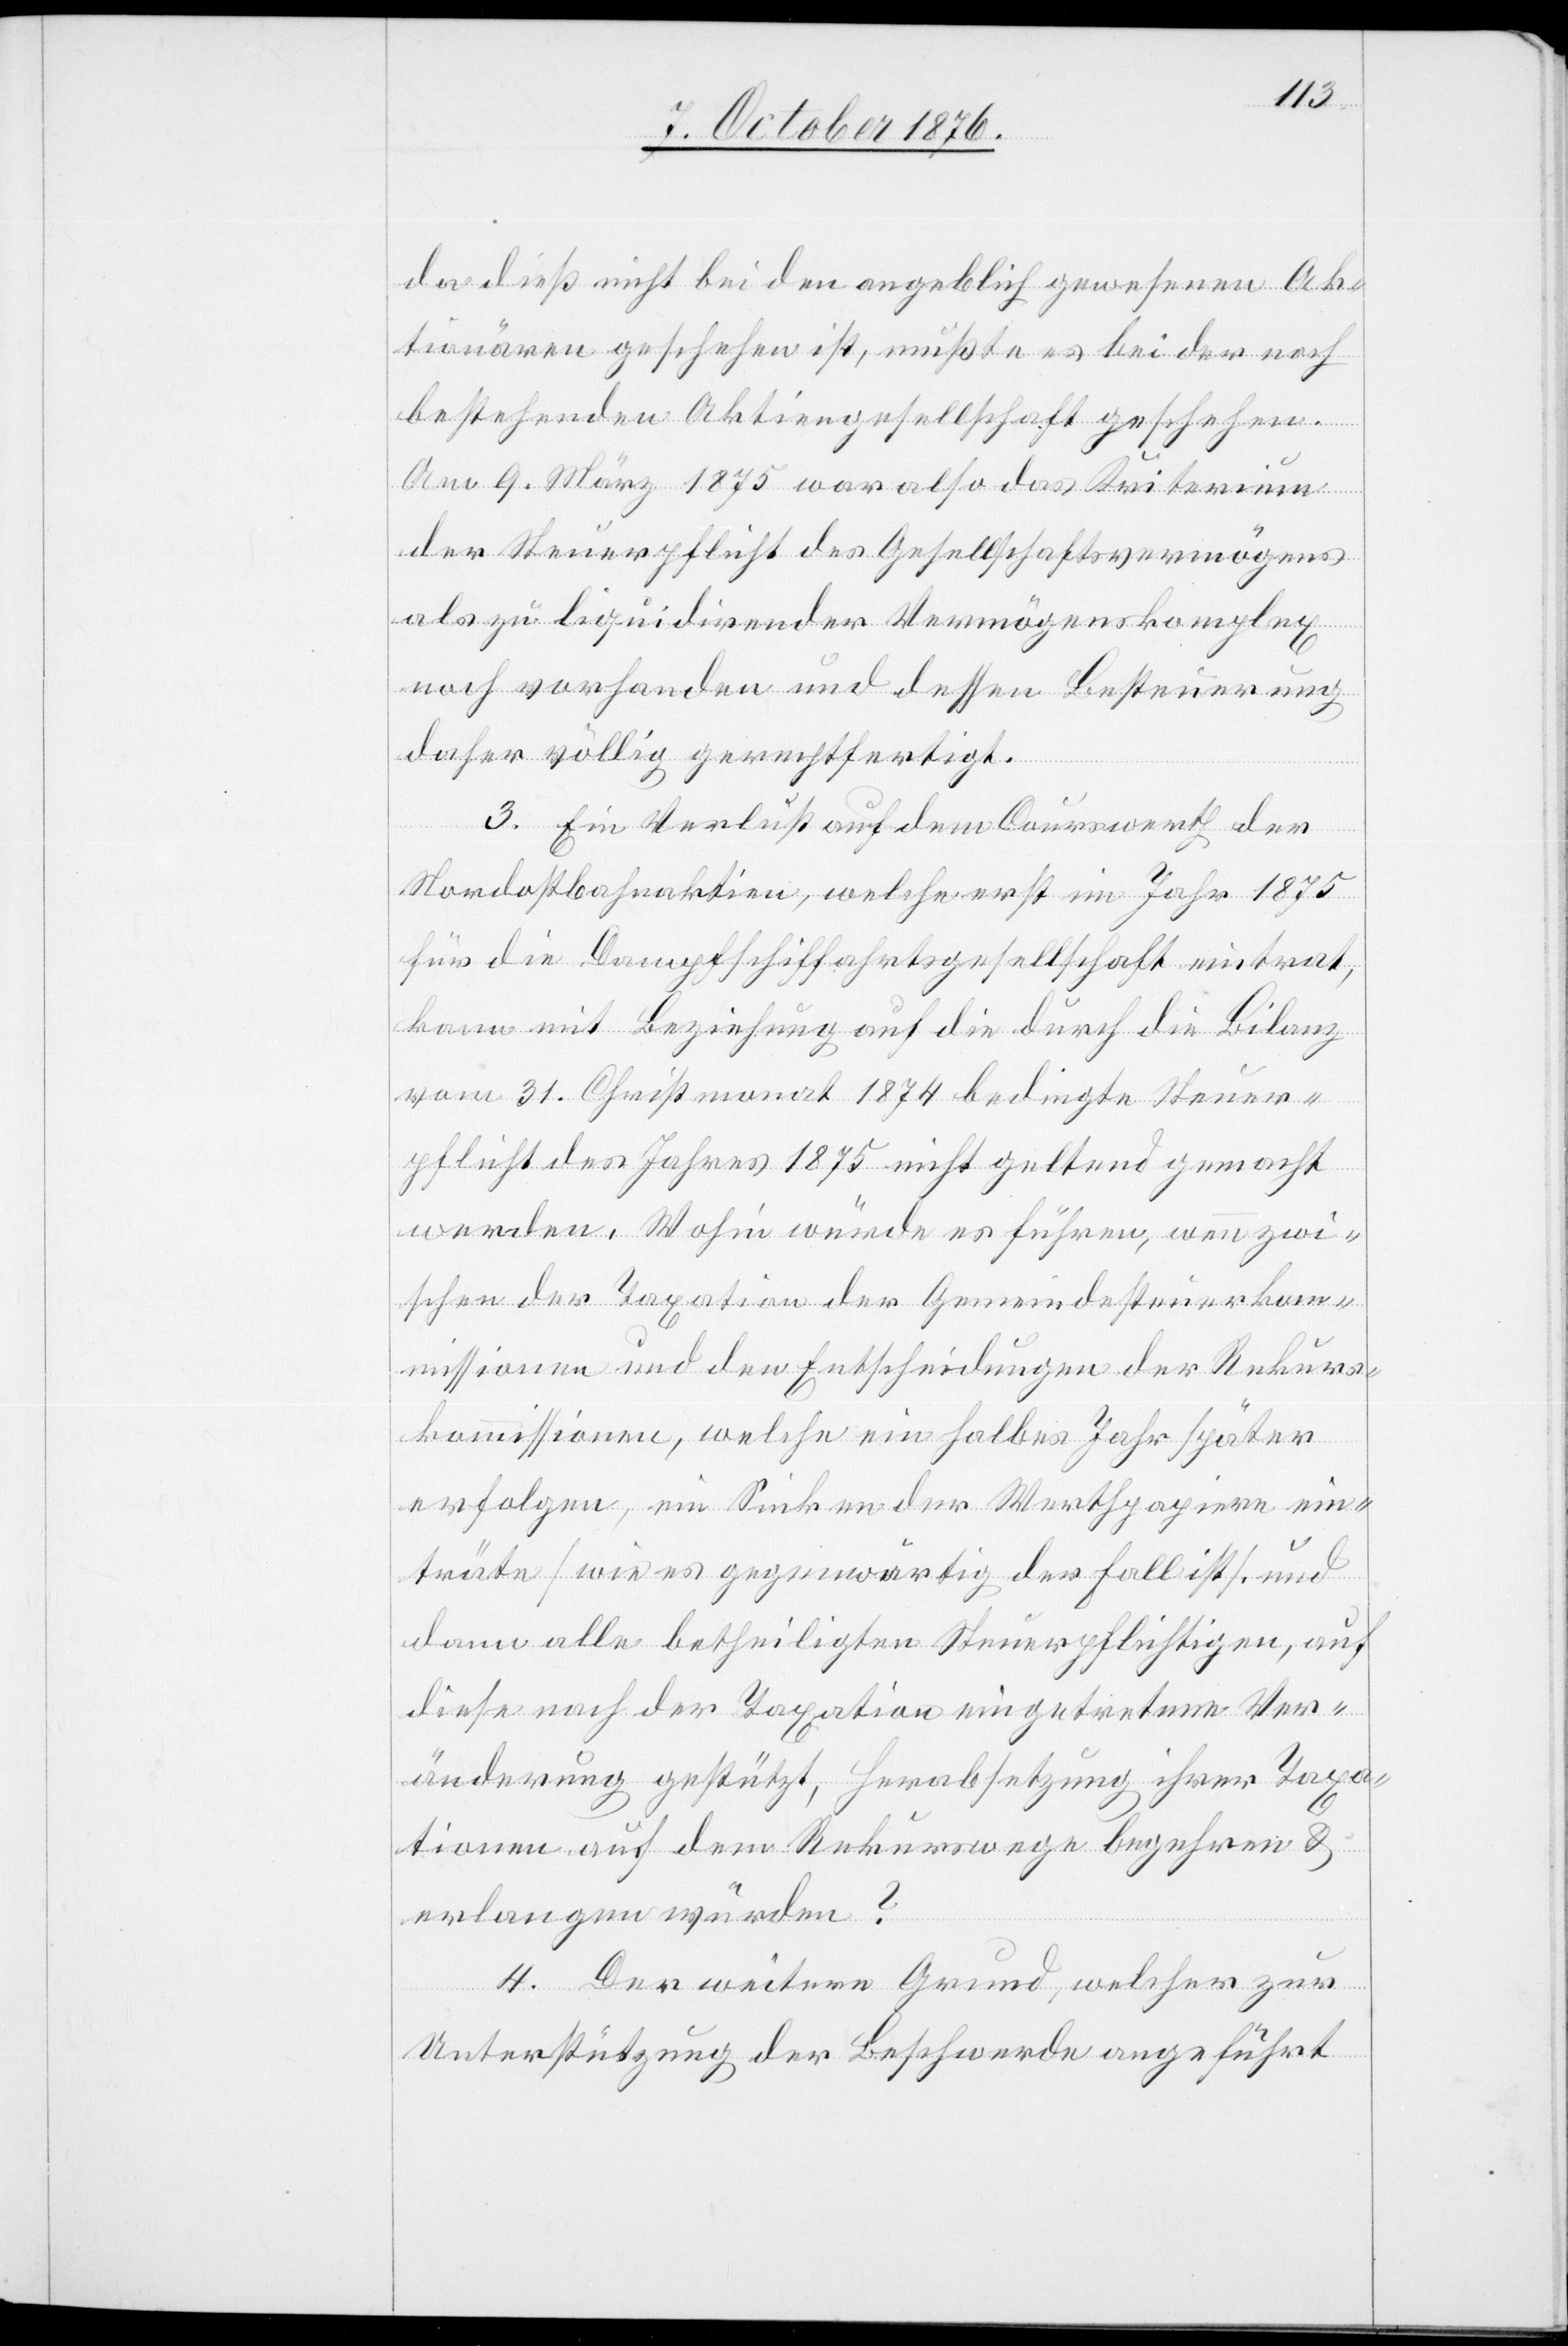
da dieß nicht bei den angeblich gewesenen Ak¬
tionären geschehen ist, müßte es bei der noch
bestehenden Aktiengesellschaft geschehen.
Am 9. März 1875 war also das Kriterium
der Steuerpflicht des Gesellschaftsvermögens
als zu liquidierender Vermögenskomplex
noch vorhanden und dessen Besteuerung
daher völlig gerechtfertigt.
3. Ein Verlust auf dem Courswerth der
Nordostbahnaktien, welche erst im Jahr 1875
für die Dampfschiffahrtsgesellschaft eintrat,
kann mit Beziehung auf die durch die Bilanz
vom 31. Christmonat 1874 bedingte Steuer¬
pflicht des Jahres 1875 nicht geltend gemacht
werden. Wohin würde es führen, wenn zwi¬
schen der Taxation der Gemeindesteuerkom¬
missionen und den Entscheidungen der Rekurs¬
kommissionen, welche ein halbes Jahr später
erfolgen, ein Sinken der Werthpapiere ein¬
träte [wie es gegenwärtige der Fall ist], und
dann alle betheiligten Steuerpflichtigen, auf
diese nach der Taxation eingetretenen Ver¬
änderungen gestützt, Herabsetzung ihrer Taxa¬
tionen auf dem Rekurswege begehren &
erlangen würden?
4. Der weitere Grund, welcher zur
Unterstützung der Beschwerde angeführt